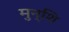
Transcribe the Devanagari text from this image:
मुन्शि